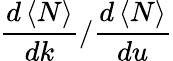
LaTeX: \frac{d\left<N\right>}{dk}/\frac{d\left<N\right>}{du}